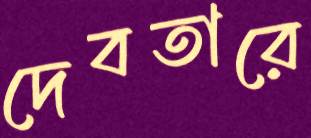
দেবতারে